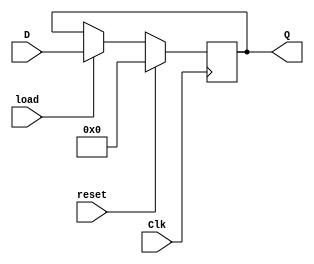
`timescale 1ns / 1ps
//////////////////////////////////////////////////////////////////////////////////
// Company: 
// Engineer: 
// 
// Design Name: 
// Module Name: lab6_1_1
// Project Name: 
// Target Devices: 
// Tool Versions: 
// Description: 
// 
// Dependencies: 
// 
// Revision:
// Revision 0.01 - File Created
// Additional Comments:
// 
//////////////////////////////////////////////////////////////////////////////////


module lab6_1_1(
    input Clk,
    input [3:0] D,
    input reset,
    input load,
    output reg [3:0] Q
    );
    always @(posedge Clk)
        if (reset)
        begin
            Q <= 4'b0;
        end else if (load)
        begin
            Q <= D;
        end
endmodule